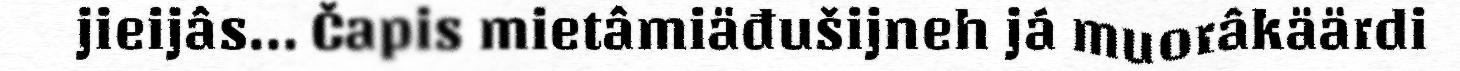
jieijâs... Čapis mietâmiäđušijneh já muorâkäärdi